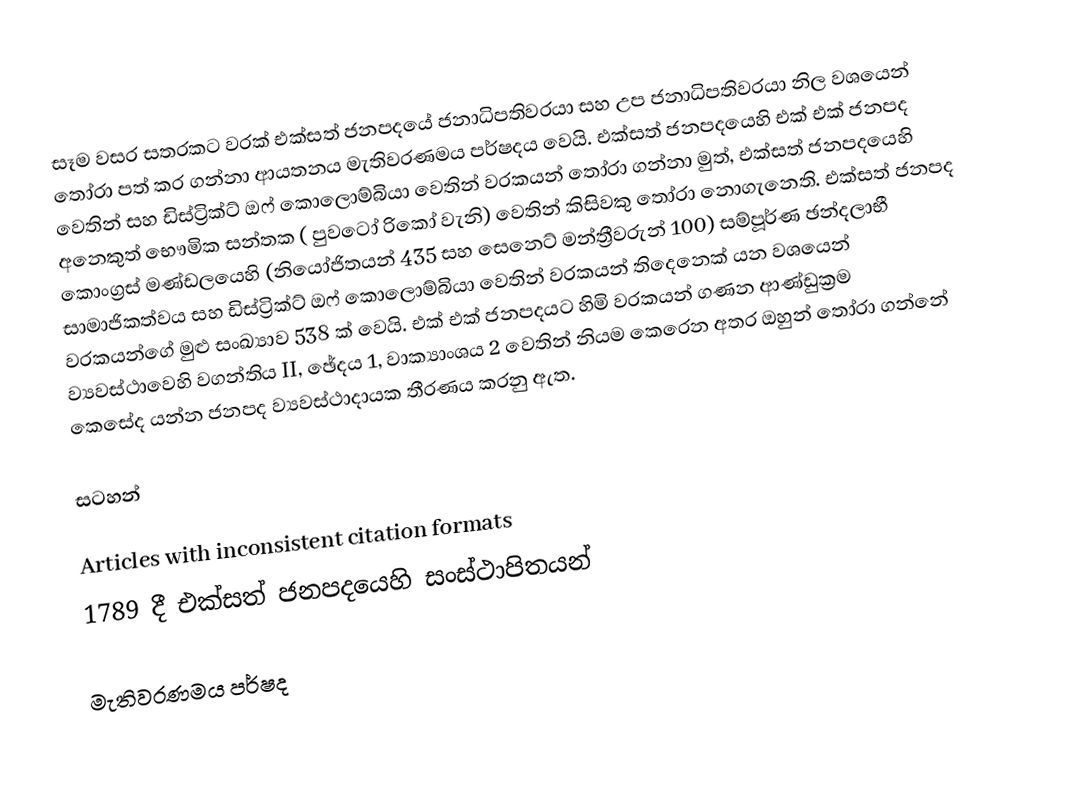
සෑම වසර සතරකට වරක් එක්සත් ජනපදයේ ජනාධිපතිවරයා සහ  උප ජනාධිපතිවරයා  නිල වශයෙන් තෝරා පත් කර ගන්නා ආයතනය මැතිවරණමය පර්ෂදය වෙයි. එක්සත් ජනපදයෙහි එක් එක් ජනපද වෙතින් සහ  ඩිස්ට්‍රික්ට් ඔෆ් කොලොම්බියා වෙතින් වරකයන් තෝරා ගන්නා මුත්, එක්සත් ජනපදයෙහි අනෙකුත්  භෞමික  සන්තක ( පුවටෝ රිකෝ වැනි) වෙතින් කිසිවකු තෝරා නොගැනෙති.  එක්සත් ජනපද කොංග්‍රස් මණ්ඩලයෙහි (නියෝජිතයන් 435 සහ සෙනෙට් මන්ත්‍රීවරුන් 100) සම්පූර්ණ ඡන්දලාභී සාමාජිකත්වය සහ ඩිස්ට්‍රික්ට් ඔෆ් කොලොම්බියා වෙතින් වරකයන් තිදෙනෙක් යන වශයෙන් වරකයන්ගේ මුළු සංඛ්‍යාව 538 ක් වෙයි. එක් එක් ජනපදයට හිමි වරකයන් ගණන ආණ්ඩුක්‍රම ව්‍යවස්ථාවෙහි වගන්තිය II, ඡේදය 1, වාක්‍යාංශය 2 වෙතින් නියම කෙරෙන අතර ඔහුන් තෝරා ගන්නේ කෙසේද යන්න ජනපද ව්‍යවස්ථාදායක තීරණය කරනු ඇත.

සටහන්

Articles with inconsistent citation formats
1789 දී එක්සත් ජනපදයෙහි සංස්ථාපිතයන්

මැතිවරණමය පර්ෂද